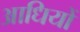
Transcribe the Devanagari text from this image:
आधियों